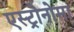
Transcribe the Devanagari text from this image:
एस्ट्रोनोमा